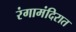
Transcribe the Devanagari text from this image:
रंगामंदिरात